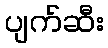
ပျက်ဆီး